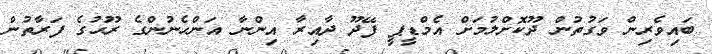
ބައިވެރިން ވަގުތުން ދޫކޮށްލުމަށް އެމްޑީޕީ ފޭދޫ ދާއިރާ އިންނާ އަންހެނުންގެ ރޫޙުގެ ފަރާތުން